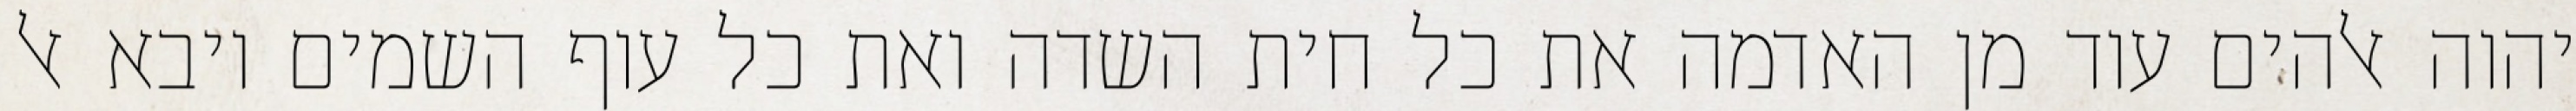
יהוה אלהים עוד מן האדמה את כל חית השדה ואת כל עוף השמים ויבא אל